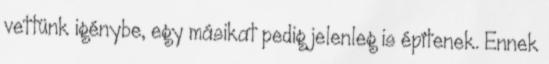
vettünk igénybe, egy másikat pedig jelenleg is építenek. Ennek